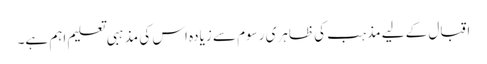
اقبال کے لیے مذہب کی ظاہری رسوم سے زیادہ اس کی مذہبی تعلیم اہم ہے۔